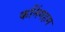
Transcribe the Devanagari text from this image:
कनिंगहम